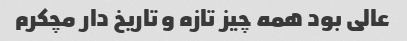
عالی بود همه چیز تازه و تاریخ دار مچکرم